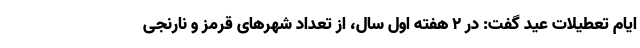
ایام تعطیلات عید گفت: در ۲ هفته اول سال، از تعداد شهرهای قرمز و نارنجی